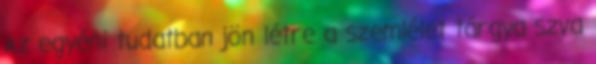
Az egyéni tudatban jön létre a szemlélet tárgya szva